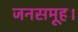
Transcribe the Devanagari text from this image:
जनसमूह।